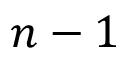
n - 1